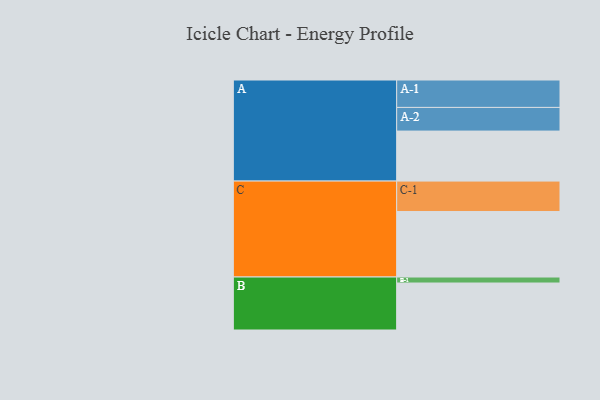
{"axis": {"x": "Segment", "y": "Value"}, "legend": ["", "A", "B", "C"], "data": [{"x": "A", "y": 450, "type": ""}, {"x": "B", "y": 423, "type": ""}, {"x": "C", "y": 590, "type": ""}, {"x": "A-1", "y": 247, "type": "A"}, {"x": "A-2", "y": 213, "type": "A"}, {"x": "B-1", "y": 54, "type": "B"}, {"x": "C-1", "y": 274, "type": "C"}]}